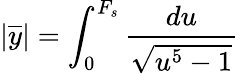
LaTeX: |\overline{{{y}}}|=\int_{0}^{F_{s}}\frac{du}{\sqrt{u^{5}-1}}